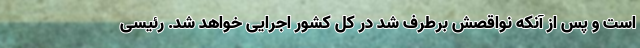
است و پس از آنکه نواقصش برطرف شد در کل کشور اجرایی خواهد شد. رئیسی